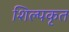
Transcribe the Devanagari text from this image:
शिल्पकृत